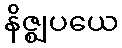
နိဇ္ဈပယေ